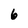
Character: 6